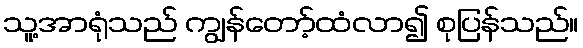
သူ့အာရုံသည် ကျွန်တော့်ထံလာ၍ စုပြန်သည်။